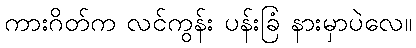
ကားဂိတ်က လင်ကွန်း ပန်းခြံ နားမှာပဲလေ။